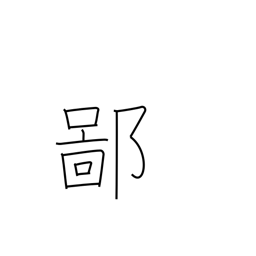
Meaning: be countrified